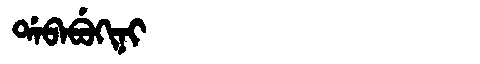
Manchu: ᡩᠠᠪᠠᠪᡠᡴᡳᠨᡳ
Romanization: DABABUKINI